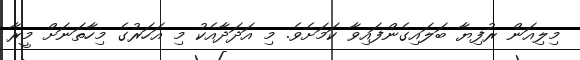
މިލިއަން ރުފިޔާ ބަލައިގެންފައިވާ ކަމަށެވެ. މި އަދަދާއެކު މި އަހަރުގެ މިހާތަނަށް މީރާ